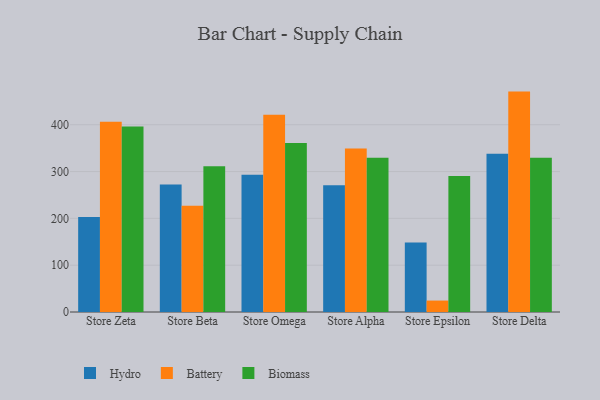
{"axis": {"x": "Store", "y": "Conversion Rate (%)"}, "legend": ["Battery", "Biomass", "Hydro"], "data": [{"x": "Store Zeta", "y": 203.1, "type": "Hydro"}, {"x": "Store Zeta", "y": 406.2, "type": "Battery"}, {"x": "Store Zeta", "y": 396.2, "type": "Biomass"}, {"x": "Store Beta", "y": 272.6, "type": "Hydro"}, {"x": "Store Beta", "y": 227.0, "type": "Battery"}, {"x": "Store Beta", "y": 311.4, "type": "Biomass"}, {"x": "Store Omega", "y": 293.2, "type": "Hydro"}, {"x": "Store Omega", "y": 421.3, "type": "Battery"}, {"x": "Store Omega", "y": 360.9, "type": "Biomass"}, {"x": "Store Alpha", "y": 270.6, "type": "Hydro"}, {"x": "Store Alpha", "y": 349.3, "type": "Battery"}, {"x": "Store Alpha", "y": 329.5, "type": "Biomass"}, {"x": "Store Epsilon", "y": 148.3, "type": "Hydro"}, {"x": "Store Epsilon", "y": 24.4, "type": "Battery"}, {"x": "Store Epsilon", "y": 290.3, "type": "Biomass"}, {"x": "Store Delta", "y": 338.0, "type": "Hydro"}, {"x": "Store Delta", "y": 470.8, "type": "Battery"}, {"x": "Store Delta", "y": 329.7, "type": "Biomass"}]}